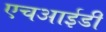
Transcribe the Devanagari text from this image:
एचआईडी